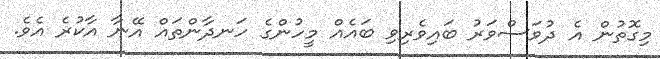
މިގޮތުން އެ ދުވަސްވަރު ބައިވެރިވި ބައެއް މީހުންގެ ހަނދާންތައް އޭނާ އާކުރެ އެވެ.